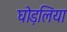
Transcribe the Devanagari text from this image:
घोड़लिया